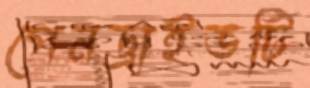
পেনড্রাইভটি